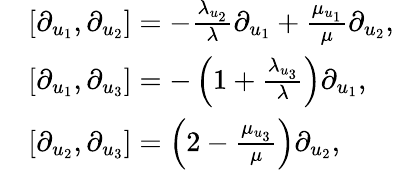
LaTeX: \begin{array}{rl}&{[\partial_{u_{1}},\partial_{u_{2}}]=-\frac{\lambda_{u_{2}}}{\lambda}\partial_{u_{1}}+\frac{\mu_{u_{1}}}{\mu}\partial_{u_{2}},}\\ &{[\partial_{u_{1}},\partial_{u_{3}}]=-\left(1+\frac{\lambda_{u_{3}}}{\lambda}\right)\partial_{u_{1}},}\\ &{[\partial_{u_{2}},\partial_{u_{3}}]=\left(2-\frac{\mu_{u_{3}}}{\mu}\right)\partial_{u_{2}},}\end{array}